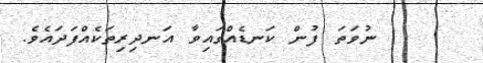
ނުވަތަ ފުން ކަނޑެއްގައިވާ އަނދިރިތަކެއްފަދައެވެ.